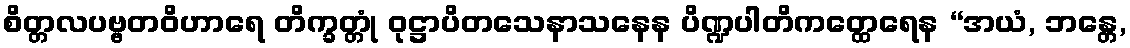
စိတ္တလပဗ္ဗတဝိဟာရေ တိက္ခတ္တုံ ဝုဋ္ဌာပိတသေနာသနေန ပိဏ္ဍပါတိကတ္ထေရေန “အယံ, ဘန္တေ,